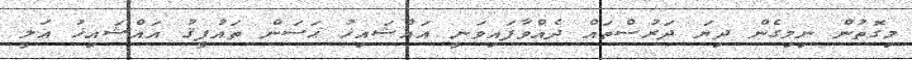
މިގޮތުން ނިމިގެން ދިޔަ ދަރުސްތައް ދެއްވާފައިވަނީ އައްޝައިޚު ޙަސަން ތައުފީޤު އައްޝައިޚު ޢަލީ